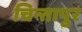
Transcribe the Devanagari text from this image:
चिन्तापुर